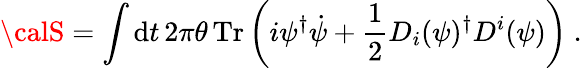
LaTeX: {\calS}=\int\mathrm{d}t\, 2\pi\theta\, \mathrm{{Tr}}\left(i\psi^{\dagger}\dot{{\psi}}+\frac{{1}}{{2}}D_{i}(\psi)^{\dagger}D^{i}(\psi)\right)~.